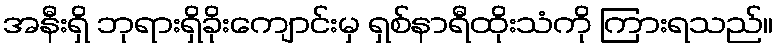
အနီးရှိ ဘုရားရှိခိုးကျောင်းမှ ရှစ်နာရီထိုးသံကို ကြားရသည်။